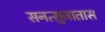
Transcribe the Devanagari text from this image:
सनत्सुजातास